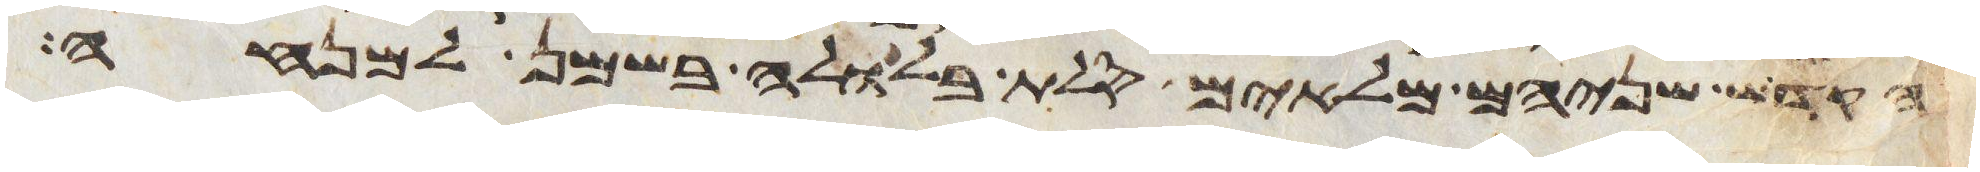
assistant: הקדש שניהם מלאים סלת בלולה בשמן למנחה